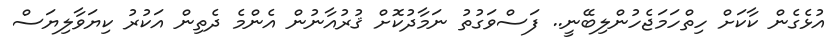
އުޅެގެން ކާކަށް ހިތްހަމަޖެހުންލިބޭނީ.. ފަސްވަގުތު ނަމާދުކޮށް ޤުރުއާނުން އެންމެ ދެތިން އަކުރު ކިޔަވާލިޔަސް